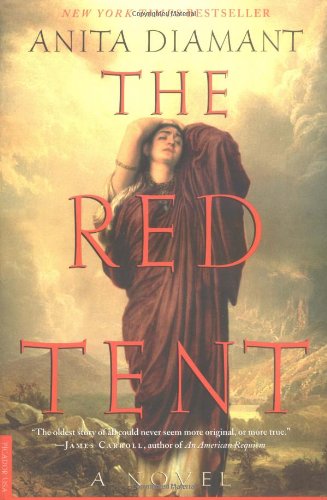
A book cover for The Red Tent; Anita Diamant; Christian Books & Bibles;